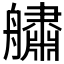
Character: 𦪲